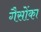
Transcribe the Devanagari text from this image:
गैसोंका